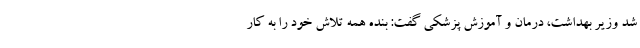
شد وزیر بهداشت، درمان و آموزش پزشکی گفت: بنده همه تلاش خود را به کار